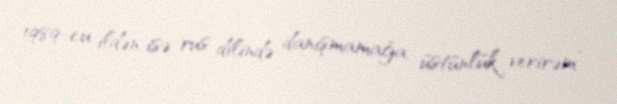
1989-cu ildən isə rus dilində danışmamağa üstünlük verirəm”.